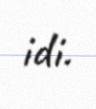
idi.